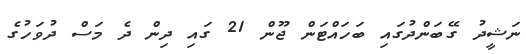
ނަޝީދު ގޭބަންދުގައި ބަހައްޓަން ޖޫން 21 ގައި ދިން ދެ މަސް ދުވަހުގެ